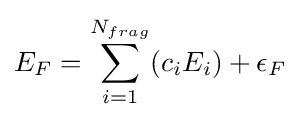
E_{F}=\sum _{i=1}^{N_{frag}}(c_{i}E_{i})+\epsilon _{F}